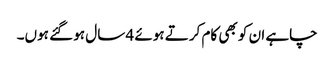
چاہے ان کو بھی کام کرتے ہوئے 4 سال ہو گئے ہوں۔